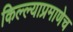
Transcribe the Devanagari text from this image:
किल्ल्याप्रमाणेच